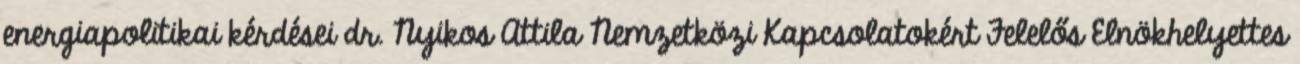
energiapolitikai kérdései dr. Nyikos Attila Nemzetközi Kapcsolatokért Felelős Elnökhelyettes